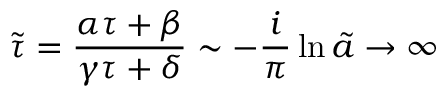
\tilde { \tau } = \frac { \alpha \tau + \beta } { \gamma \tau + \delta } \sim - \frac { i } { \pi } \ln \tilde { a } \rightarrow \infty